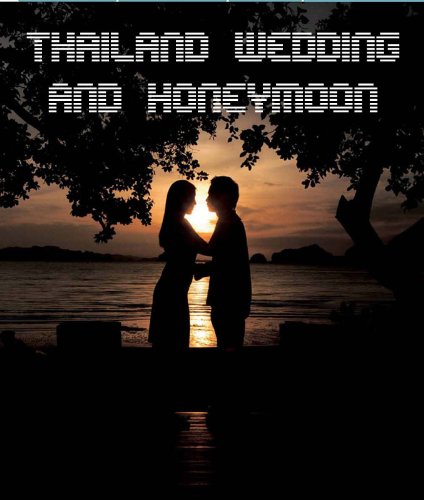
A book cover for Thailand Wedding And Honeymoon; Thailand Government; Crafts, Hobbies & Home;